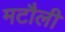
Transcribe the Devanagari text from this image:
मटौली